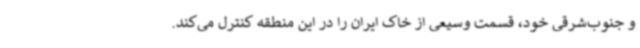
و جنوب‌شرقی خود، قسمت وسیعی از خاک ایران را در این منطقه کنترل می‌کند.